Manual of vaccination for the United Provinces of Agra and Oudh -
Year: 1903
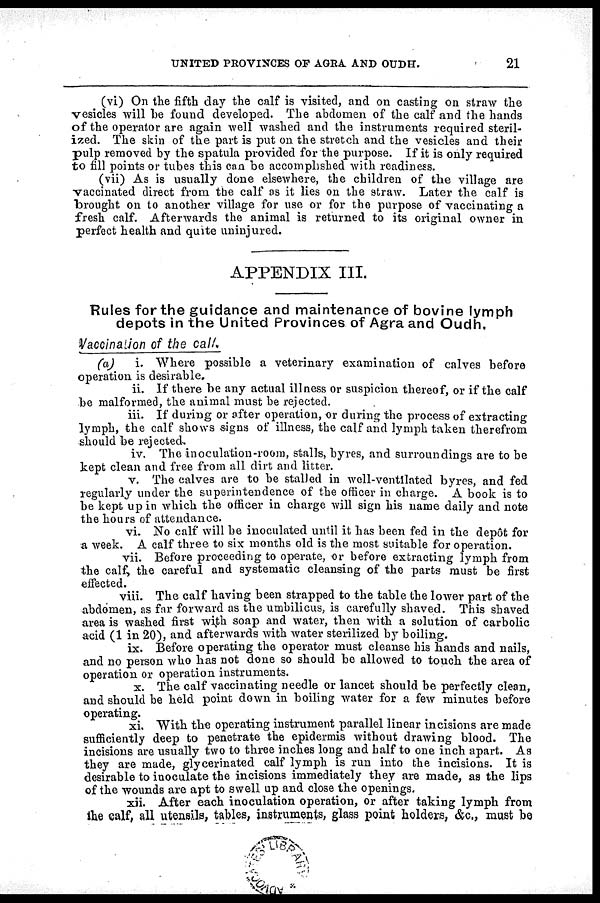
UNITED PROVINCES OF AGRA AND OUDH.
21
(vi) On the fifth day the calf is visited, and on casting on straw the
vesicles will be found developed. The abdomen of the calf and the hands
of the operator are again well washed and the instruments required steril-
ized. The skin of the part is put on the stretch and the vesicles and their
pulp removed by the spatula provided for the purpose. If it is only required
to fill points or tubes this can be accomplished with readiness.
(vii) As is usually done elsewhere, the children of the village are
vaccinated direct from the calf as it lies on the straw. Later the calf is
brought on to another village for use or for the purpose of vaccinating a
fresh calf. Afterwards the animal is returned to its original owner in
perfect health and quite uninjured.
APPENDIX III.
Rules for the guidance and maintenance of bovine lymph
depots in the United Provinces of Agra and Oudh.
Vaccination of the call.
(a)
i. Where possible a veterinary examination of calves before
operation is desirable.
ii. If there be any actual illness or suspicion thereof, or if the calf
be malformed, the animal must be rejected.
iii. If during or after operation, or during the process of extracting
lymph, the calf shows signs of illness, the calf and lymph taken therefrom
should be rejected.
iv. The inoculation-room, stalls, byres, and surroundings are to be
kept clean and free from all dirt and litter.
v. The calves are to be stalled in well-ventilated byres, and fed
regularly under the superintendence of the officer in charge. A book is to
be kept up in which the officer in charge will sign his name daily and note
the hours of attendance.
vi. No calf will be inoculated until it has been fed in the depôt for
a week. A calf three to six months old is the most suitable for operation.
vii. Before proceeding to operate, or before extracting lymph from
the calf, the careful and systematic cleansing of the parts must be first
effected.
viii. The calf having been strapped to the table the lower part of the
abdomen, as far forward as the umbilicus, is carefully shaved. This shaved
area is washed first with soap and water, then with a solution of carbolic
acid (1 in 20), and afterwards with water sterilized by boiling.
ix. Before operating the operator must cleanse his hands and nails,
and no person who has not done so should be allowed to touch the area of
operation or operation instruments.
x. The calf vaccinating needle or lancet should be perfectly clean,
and should be held point down in boiling water for a few minutes before
operating.
xi. With the operating instrument parallel linear incisions are made
sufficiently deep to penetrate the epidermis without drawing blood. The
incisions are usually two to three inches long and half to one inch apart. As
they are made, glycerinated calf lymph is run into the incisions. It is
desirable to inoculate the incisions immediately they are made, as the lips
of the wounds are apt to swell up and close the openings.
xii. After each inoculation operation, or after taking lymph from
the calf, all utensils, tables, instruments, glass point holders, &c., must be